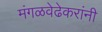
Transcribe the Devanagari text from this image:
मंगळवेढेकरांनी